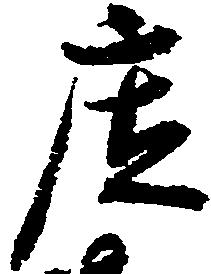
庄